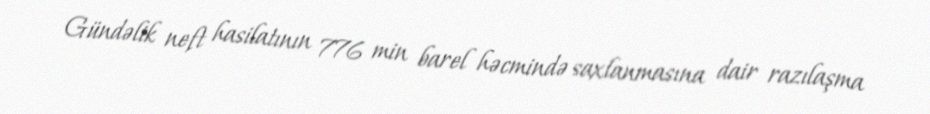
Gündəlik neft hasilatının 776 min barel həcmində saxlanmasına dair razılaşma